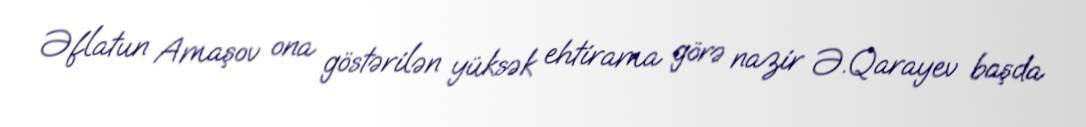
Əflatun Amaşov ona göstərilən yüksək ehtirama görə nazir Ə.Qarayev başda